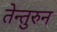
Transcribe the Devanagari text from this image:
तेन्तुरुन